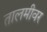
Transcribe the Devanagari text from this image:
तालमीवर